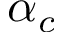
\alpha _ { c }